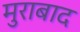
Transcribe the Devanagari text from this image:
मुराबाद